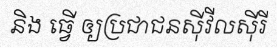
និង ធ្វើ ឲ្យប្រជាជនស៊ីវីលស៊ីរី